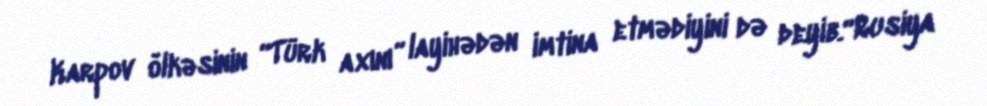
Karpov ölkəsinin “Türk axını” layihədən imtina etmədiyini də deyib.“Rusiya